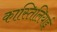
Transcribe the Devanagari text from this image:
कास्तिलियाई